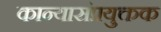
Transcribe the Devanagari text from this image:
कान्यासंप्रयुक्तक